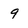
Character: 9